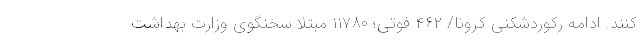
کنند. ادامه رکوردشکنی کرونا/ ۴۶۲ فوتی؛ ۱۱۷۸۰ مبتلا سخنگوی وزارت بهداشت